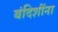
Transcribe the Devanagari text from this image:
बंदिशींना